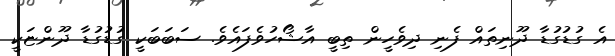
އެ ގުޑުގުޑާ ދޫނިތައް ފެނި ދިވެހީން ތިބީ އާޝޯހުވެފައެވެ. ސަބަބަކީ ގުޑުގުޑާ ދޫންޏަކީ